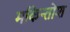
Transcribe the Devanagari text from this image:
मकिन्तोश